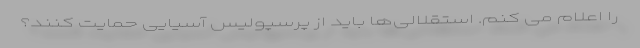
را اعلام می کنم. استقلالی‌ها باید از پرسپولیس آسیایی حمایت کنند؟